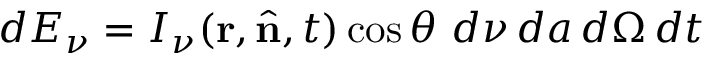
d E _ { \nu } = I _ { \nu } ( \mathbf { r } , { \hat { \mathbf { n } } } , t ) \cos \theta \ d \nu \, d a \, d \Omega \, d t